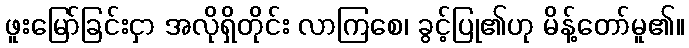
ဖူးမြော်ခြင်းငှာ အလိုရှိတိုင်း လာကြစေ၊ ခွင့်ပြု၏ဟု မိန့်တော်မူ၏။